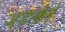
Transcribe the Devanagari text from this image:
जडलेले